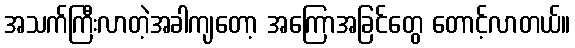
အသက်ကြီးလာတဲ့အခါကျတော့ အကြောအခြင်တွေ တောင့်လာတယ်။